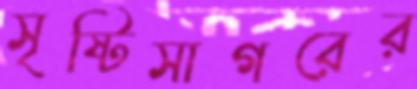
সৃষ্টিসাগরের